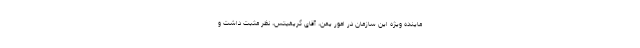
ماینده ویژه این سازمان در امور یمن، آقای گریفیتس، نظر مثبت داشت و